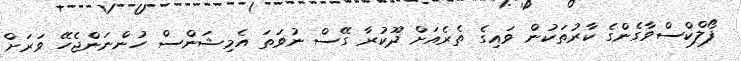
ފޯލްކްސްވާގެންގެ ކާރުތަކުން ވައިގެ ތެރެއަށް ދޫކުރާ ގޭސް ނުވަތަ އެމިޝަންސް ހުންނަންޖެހޭ ވަރަށް